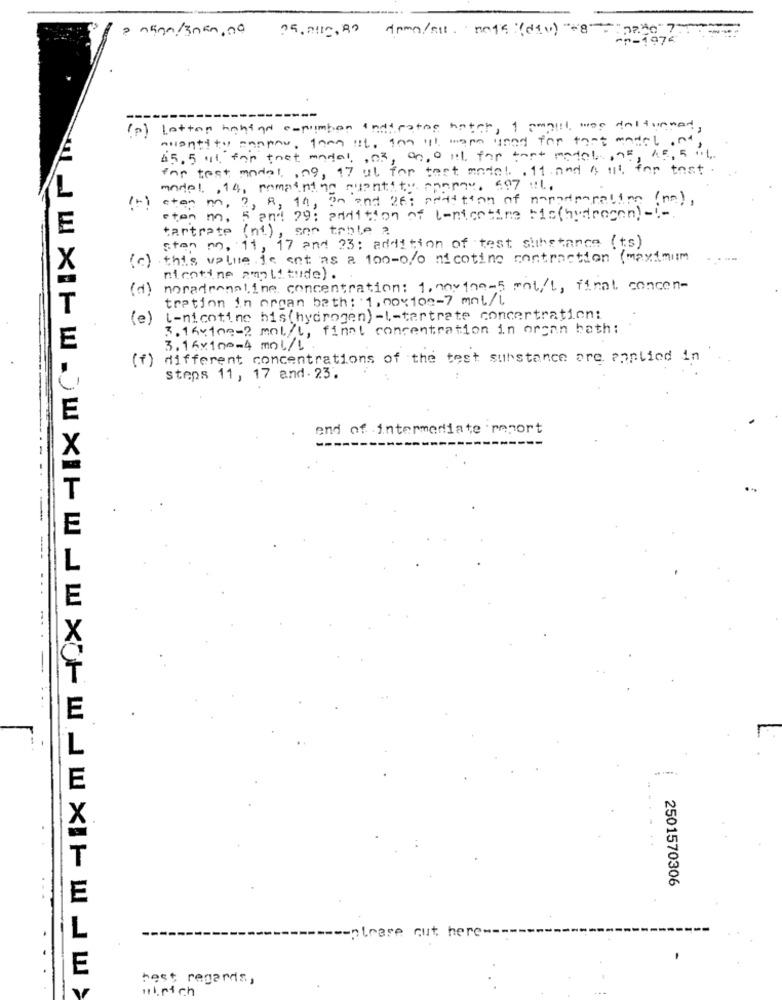
nina/3na0.00
25. nic. 80 Apmo/att. "no15 :{ di v) "-8" :"0"7"
-1-1976
(p) lotten hahind espumbon indications hater, 1 amout, was deltuoned,
milentity saopau, Then it. Im lil wann und for tant model, at
45.5 ut for thet modal, , 03, 00,0 ml, for that model, 95,
for test model , 09, 17 ul for test model. , 11 and a alt for test
model. , 14, remaining quantity. panov. 597 :1,
aten m, 2, 8, 19, 30 and 26; petition of napadparation ( no),
eten m. 5 and 79: addition of lenicotine bis(hydrogen) -!-
E
tartrate (ni) , son table ?
sten no, 11, 17 and 23: addition of test sithstance (ts)
X
( c)
this value is cet as a 100-0/o nicotine contraction (maximum
nientine amplitude) .
( +)
noradrenaline concentration: 1. nov100-5 mol/L, final concen-
tration in organ bath: 1, 00x100-7 mnl/L
(e)
[-nicotine his(hydrogen) -I-tartrate concertration:
3.1 6x100-2 mol/l, final concentration in organ bath:
E
3.16×100=4 mol/L.
(f) different concentrations of the test substance are applied in
Steps 11, 17 and. 23.
end of intermediate report
...
2501570306
E
L
-please cut here ---
E
best regards,